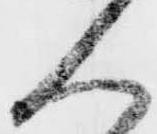
人